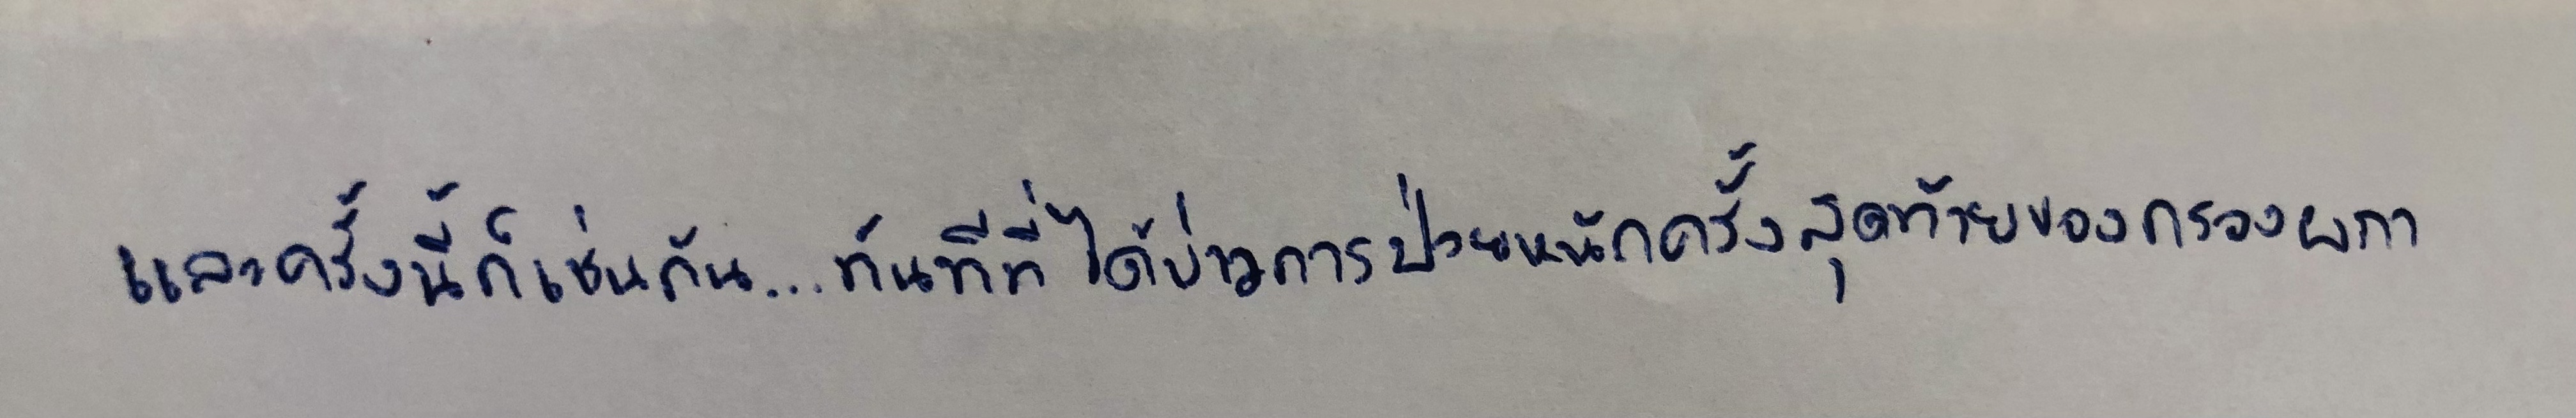
และครั้งนี้ก็เช่นกัน...ทันทีที่ได้ข่าวการป่วยหนักครั้งสุดท้ายของกรองผกา